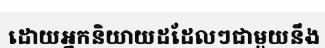
ដោយអ្នកនិយាយដដែលៗជាមួយនឹង